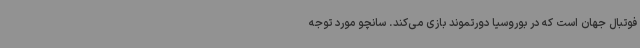
فوتبال جهان است که در بوروسیا دورتموند بازی می‌کند. سانچو مورد توجه